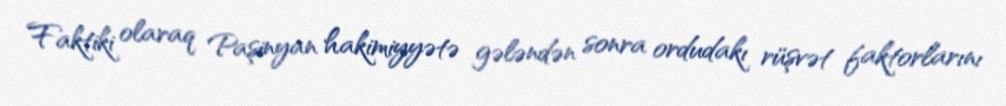
Faktiki olaraq Paşinyan hakimiyyətə gələndən sonra ordudakı rüşvət faktorlarını